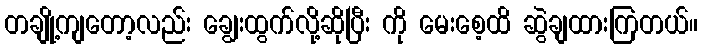
တချို့ကျတော့လည်း ချွေးထွက်လို့ဆိုပြီး ကို မေးစေ့ထိ ဆွဲချထားကြတယ်။